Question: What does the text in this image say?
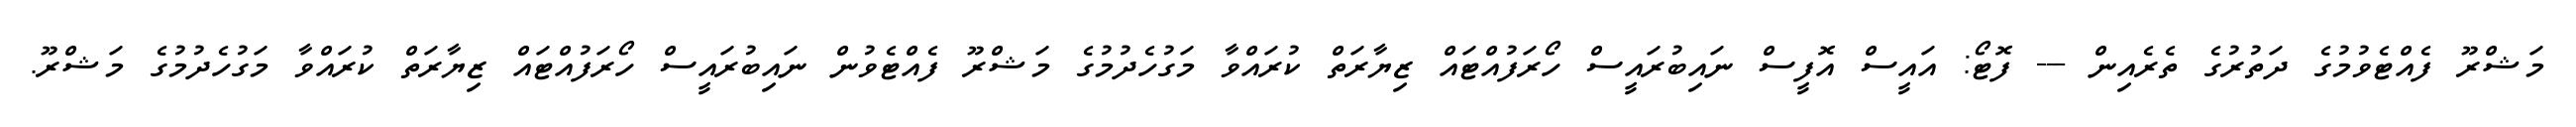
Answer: މަޝްރޫ ފެއްޓެވުމުގެ ދަތުރުގެ ތެރެއިން --- ފޮޓޯ: އައީސް އޮފީސް ނައިބުރައީސް ހޯރަފުއްޓައް ޒިޔާރަތް ކުރައްވާ މަގުހެދުމުގެ މަޝްރޫ ފެއްޓެވުން ނައިބުރައީސް ހޯރަފުއްޓައް ޒިޔާރަތް ކުރައްވާ މަގުހެދުމުގެ މަޝްރޫ.